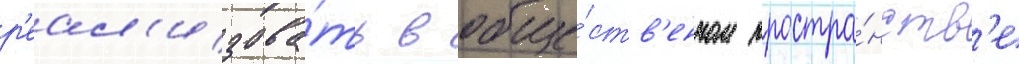
р'еал'изова́ть в обще́ств'енном простра́нств'е